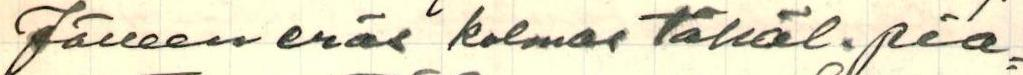
Jälleen eräs kolmas täkäl. pia-